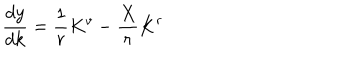
\frac { d y } { d k } = \frac { 1 } { r } K ^ { v } - \frac { X } { r } K ^ { r }